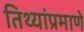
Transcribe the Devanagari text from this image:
तिथ्यांप्रमाणे